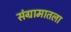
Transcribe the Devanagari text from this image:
संग्रामातला